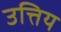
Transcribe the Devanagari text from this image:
उत्तिय